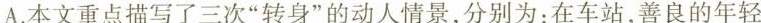
A.本文重点描写了三次“转身”的动人情景，分别为：在车站，善良的年轻